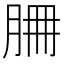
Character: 𦚻